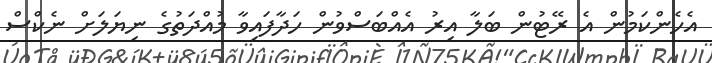
އެހެންކަމުން އެ ރޭޓުން ބަލާ އިރު އެއްބަސްވުން ހަދާފައިވާ މުއްދަތުގެ ނިޔަލަށް ނެކްސް